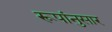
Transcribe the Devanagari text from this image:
रूपांनुसार